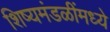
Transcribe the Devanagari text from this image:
शिष्यमंडळींमध्ये